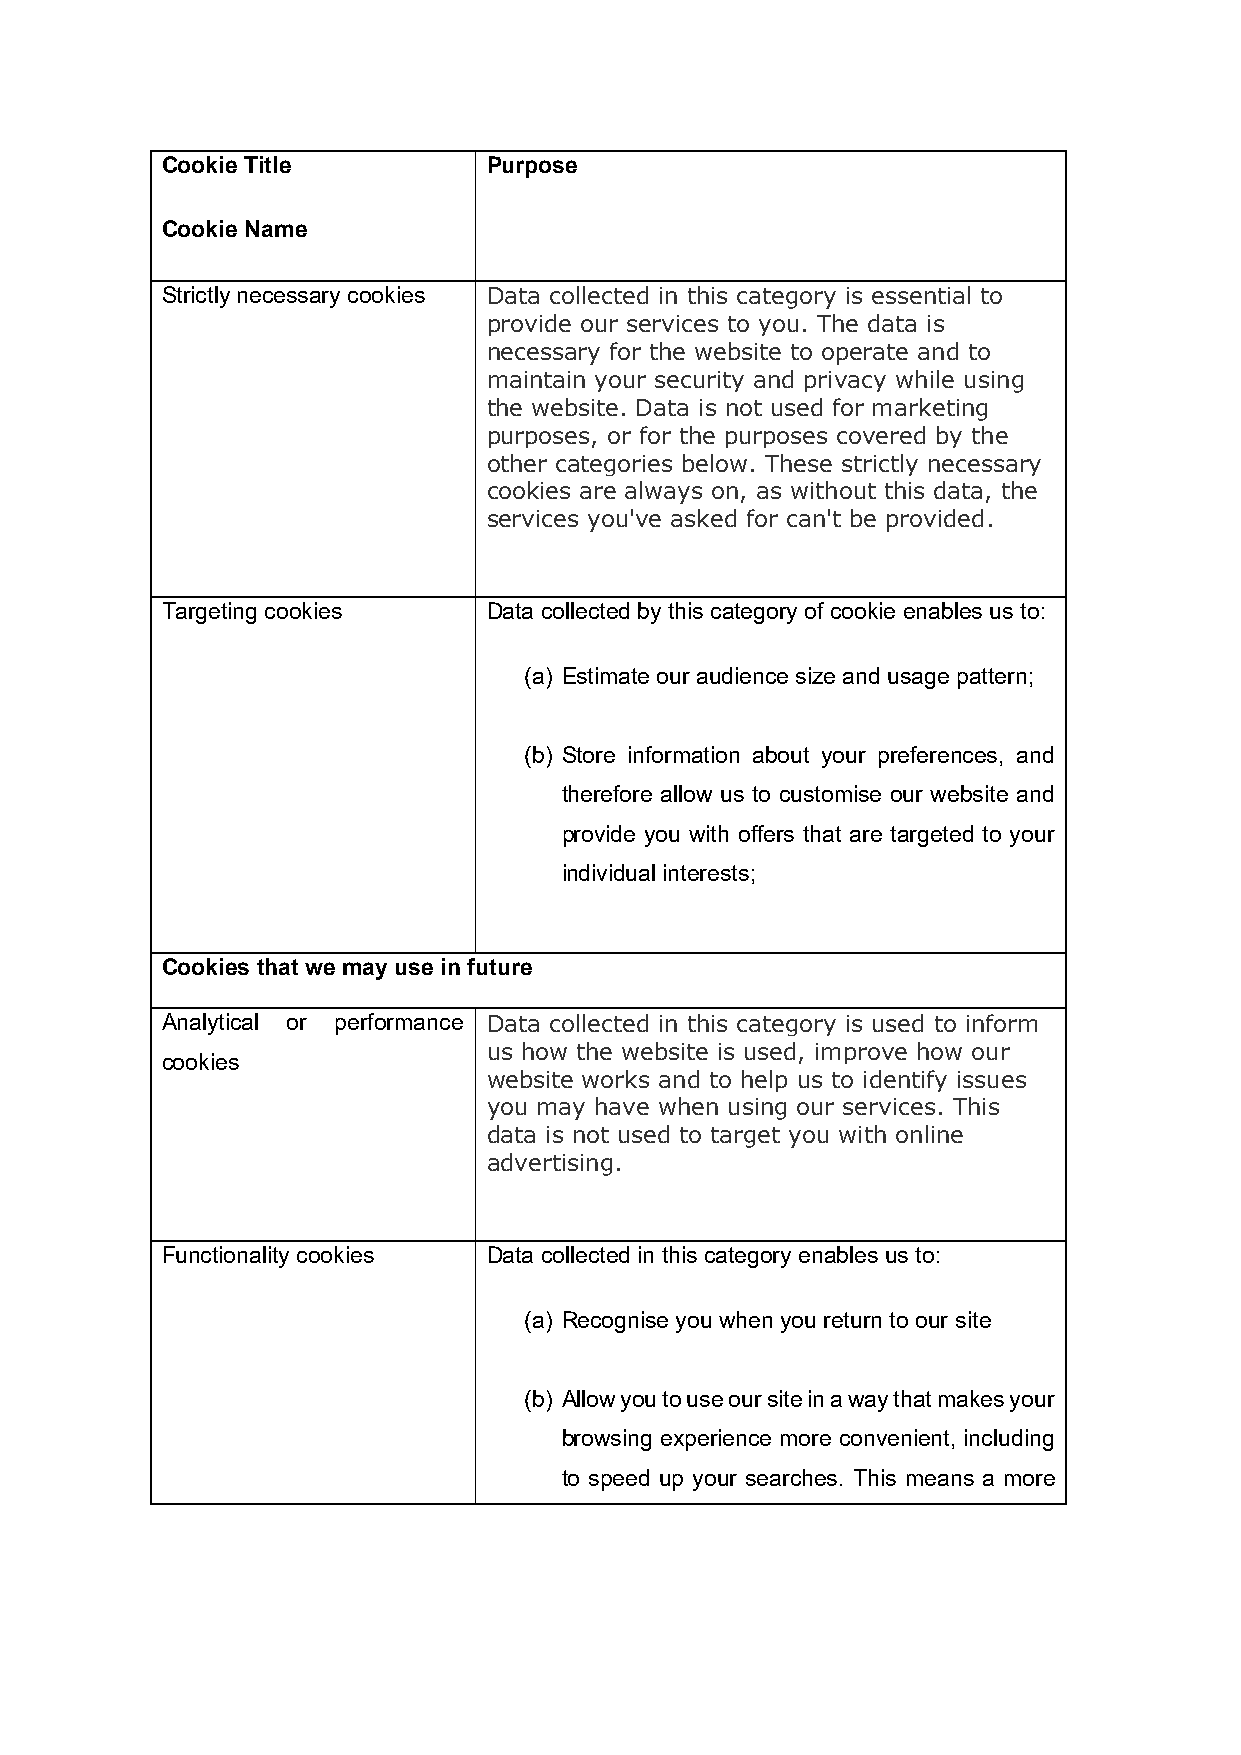
Cookie Title         Purpose
 Cookie Name
 Strictly necessary cookies Data collected in this category is essential to
 provide our services to you. The data is
 necessary for the website to operate and to
 maintain your security and privacy while using
 the website. Data is not used for marketing
 purposes, or for the purposes covered by the
 other categories below. These strictly necessary
 cookies are always on, as without this data, the
 services you've asked for can't be provided.
 Targeting cookies    Data collected by this category of cookie enables us to:
 (a) Estimate our audience size and usage pattern;
 (b) Store information about your preferences, and
 therefore allow us to customise our website and
 provide you with offers that are targeted to your
 individual interests;
 Cookies that we may use in future
 Analytical or performance Data collected in this category is used to inform
 us how the website is used, improve how our
 cookies
 website works and to help us to identify issues
 you may have when using our services. This
 data is not used to target you with online
 advertising.
 Functionality cookies Data collected in this category enables us to:
 (a) Recognise you when you return to our site
 (b) Allow you to use our site in a way that makes your
 browsing experience more convenient, including
 to speed up your searches. This means a more